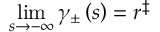
\operatorname* { l i m } _ { s \rightarrow - \infty } \gamma _ { \pm } \left( s \right) = r ^ { \ddag }